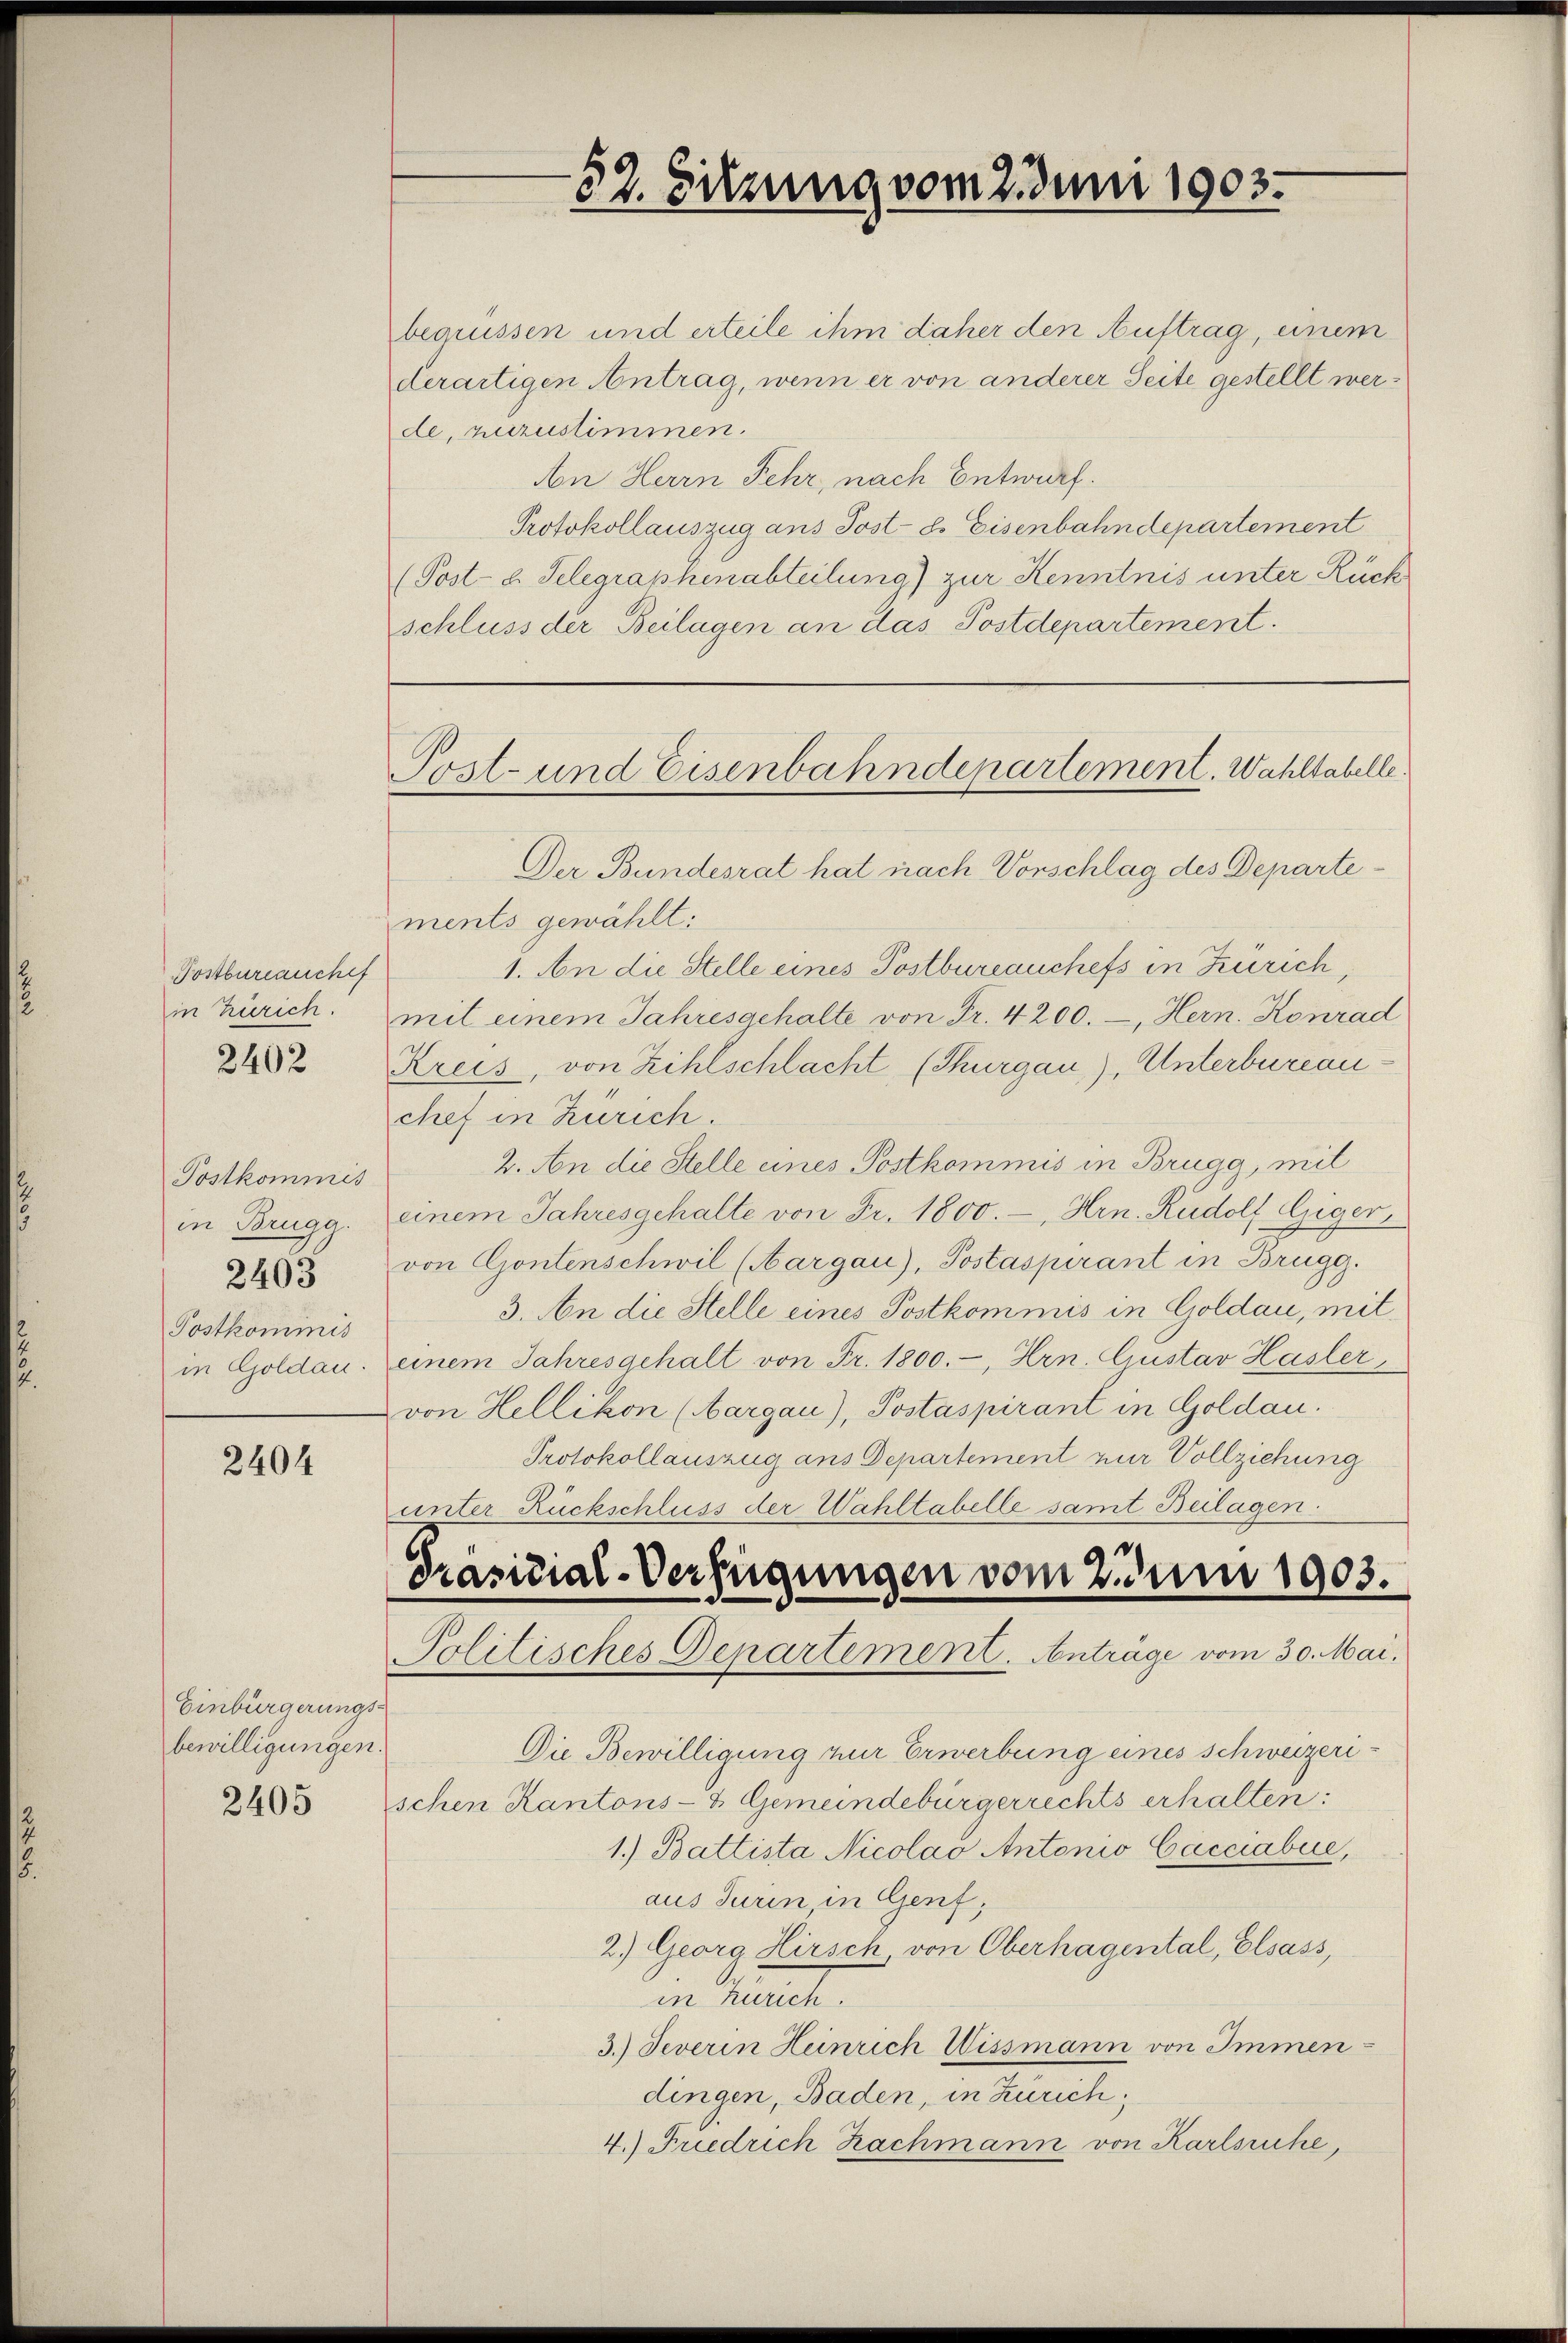
Postbureauchef
in Zürich.
2402

Postkommis
in Brugg.
Postkommis
in Goldau.

2403

2404

Einbürgerungs-
bewilligungen.

2405

52. Sitzung vom 2. Juni 1903.

Post- und Eisenbahndepartement. Wahltabelle.

begrüssen und erteile ihm daher den Auftrag, einem
derartigen Antrag, wenn er von anderer Seite gestellt werde, zuzustimmen.
An Herrn Fehr, nach Entwurf.
Protokollauszug aus Post- ds Eisenbahndepartement
(Post- u. Selegraphenabteilung) zur Kenntnis unter Rück
schluss der Beilagen an das Postdepartement.
Der Bundesrat hat nach Vorschlag des Departe
ments gewählt:
1. An die Stelle eines Postbureauchefs in Zürich,
mit einem Jahresgehalte von Fr. 4200.-, Hern. Konrad
Kreis, von Zihlschlacht (Thurgau), Unterbureauchef in Zürich.
2. An die Stelle eines Postkommis in Brugg, mit
einem Jahresgehalte von Fr. 1800.-, Hrn. Rudolf Giger,
von Gontenschwil (Aargau), Postaspirant in Brugg.
3. An die Stelle eines Postkommis in Goldau, mit
einem Jahresgehalt von Fr. 1800.-, Hrn. Gustav Hasler,
von Hellikon (Aargau), Postaspirant in Goldau.
Protokollauszug aus Departement zur Vollziehung
unter Rückschluss der Wahltabelle samt Beilagen.
Präsidial-Verfügungen vom 2. Juni 1903.
Politisches Departement. Antrage vom 30. Mai.
Die Bewilligung zur Erwerbung eines schweizerischen Kantons- & Gemeindebürgerrechts erhalten:
1.) Battista Nicolao Antonio Cacciabue,
aus Turin in Genf,
2) Georg Hirsch von Oberhagental, Elsass,
in Sommen.
3.) Jeverin Heinrich Wissmann von Immendingen, Baden, in Zürich,
4.) Friedrich Nachmann von Karlsruhe